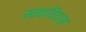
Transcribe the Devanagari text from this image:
सत्कविदास